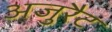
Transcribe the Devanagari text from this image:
अजुरैट